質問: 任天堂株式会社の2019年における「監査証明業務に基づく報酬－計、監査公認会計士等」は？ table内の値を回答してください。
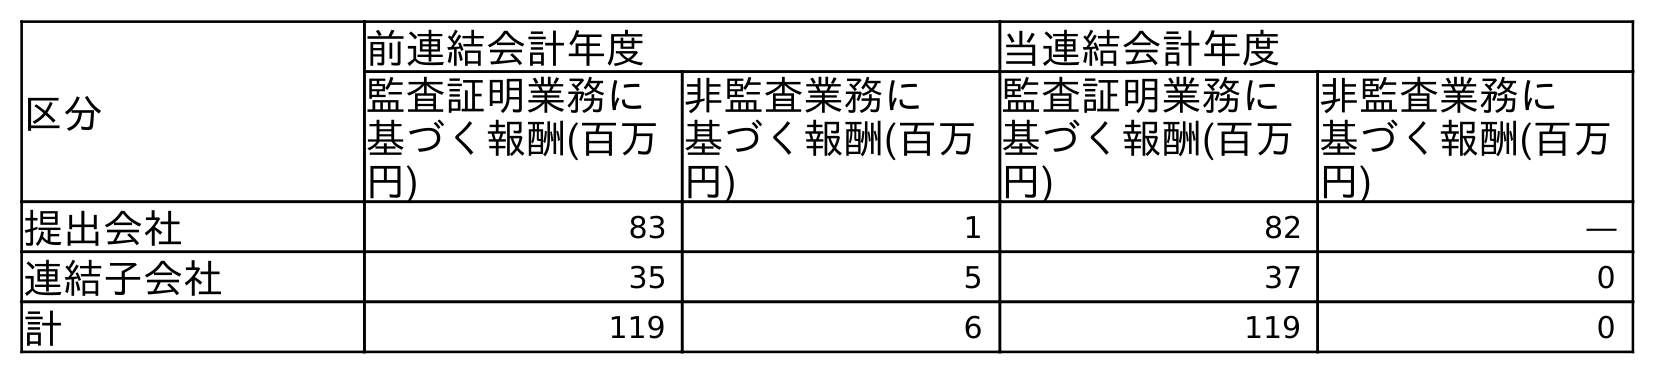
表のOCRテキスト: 区分 前連結会計年度 当連結会計年度 監査証明業務に 基づく報酬(百万 円) 非監査業務に 基づく報酬(百万 円) 監査証明業務に 基づく報酬(百万 円) 非監査業務に 基づく報酬(百万 円) 提出会社 83 1 82 ― 連結子会社 35 5 37 0 計 119 6 119 0
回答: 119